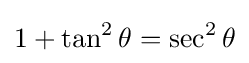
1+\tan ^{2}\theta =\sec ^{2}\theta